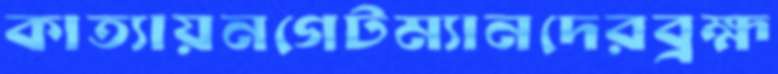
কাত্যায়নগেটম্যানদেরব্রহ্ম